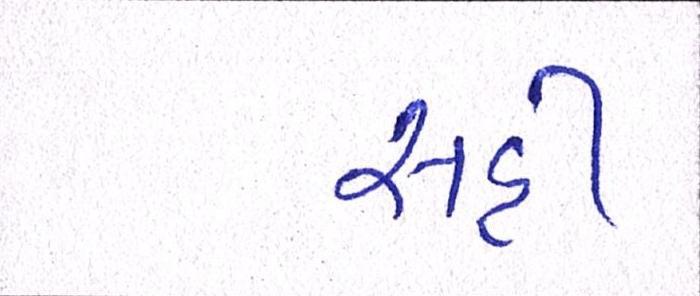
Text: સહી